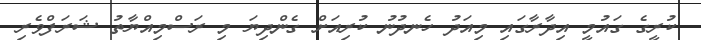
ކުރީގެ ގައުމީ އިދާރާގައި މިއަދު ހެނދުނު ކުރިއަށް ގެންދިޔަ މި ރަސްމިއްޔާތު ޝަރަފްވެރި